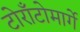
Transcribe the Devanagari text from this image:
टोराँटोमार्गे